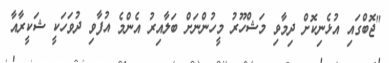
"ޖޮބްގައި އުޅެނިކޮށް ދިމާވި މަޝްހޫރު މީހުންނަށް ބަލާއިރު އެންމެ އުފާވި ދުވަހަކީ ޝަކީރާއާ